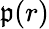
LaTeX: \mathfrak{p}(r)